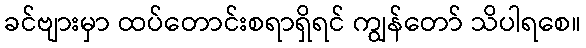
ခင်ဗျားမှာ ထပ်တောင်းစရာရှိရင် ကျွန်တော် သိပါရစေ။